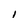
Character: I